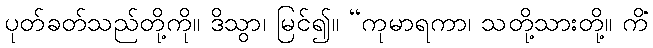
ပုတ်ခတ်သည်တို့ကို။ ဒိသွာ၊ မြင်၍။ “ကုမာရကာ၊ သတို့သားတို့။ ကိံ